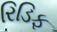
રિડિફ